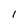
Character: l